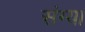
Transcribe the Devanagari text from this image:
संग्या